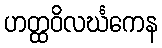
ဟတ္ထဝိလင်္ဃကေန